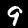
Label: 9